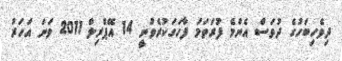
ދިވެހިބަހުގެ ދުވަސް އެންމެ ފުރަތަމަ ފާހަގަކުރެވުނީ 14 އޭޕްރިލް 2011 ވަނަ އަހަރު